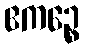
ဧကဉ္စေ